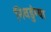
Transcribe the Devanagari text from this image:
निवडुंग्या